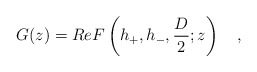
\begin{align*}G(z) = Re F \left (h_{+}, h_{-},\frac{D}{2}; z \right)\quad, \end{align*}